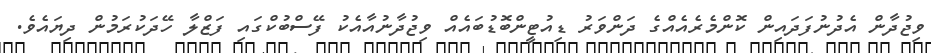
ވިޖުދާން އެދުނުފަދައިން ކޮންމެރެއެއްގެ ދަންވަރު ޑިއުޓީންބޮޑުބައެއް ވިޖުދާނުއާއެކު ފޭސްބުކްގައި ފަޒްލާ ހޭދަކުރަމުން ދިޔައެވެ.